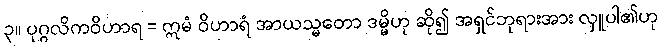
၃။ ပုဂ္ဂလိကဝိဟာရ = ဣမံ ဝိဟာရံ အာယသ္မတော ဒမ္မိဟု ဆို၍ အရှင်ဘုရားအား လှူပါ၏ဟု